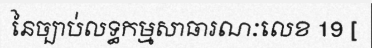
នៃច្បាប់លទ្ធកម្មសាធារណៈលេខ 19 [